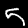
Label: 5